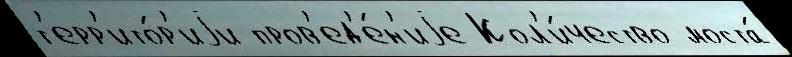
т'ерр'ито́р'иjи пров'ед'е́н'иjе Кол'и́чество моста́